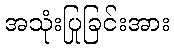
အသုံးပြုခြင်းအား